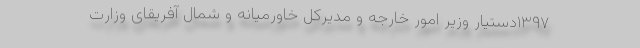
۱۳۹۷دستیار وزیر امور خارجه و مدیرکل خاورمیانه و شمال آفریقای وزارت